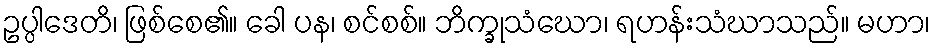
ဥပ္ပါဒေတိ၊ ဖြစ်စေ၏။ ခေါ ပန၊ စင်စစ်။ ဘိက္ခုသံဃော၊ ရဟန်းသံဃာသည်။ မဟာ၊